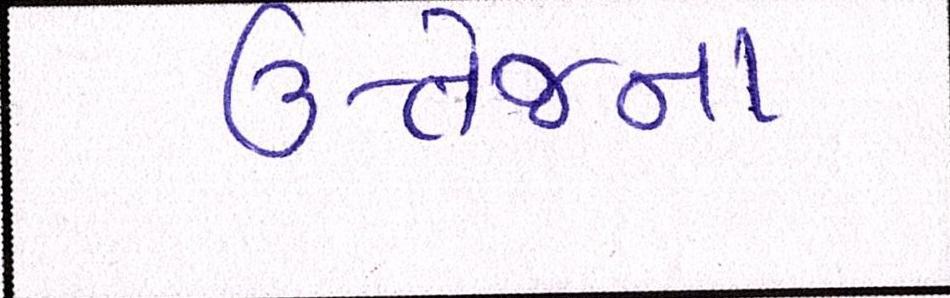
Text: ઉત્તેજના